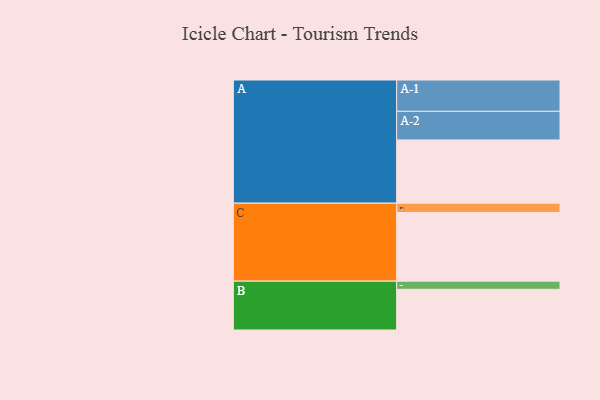
{"axis": {"x": "Segment", "y": "Value"}, "legend": ["", "A", "B", "C"], "data": [{"x": "A", "y": 519, "type": ""}, {"x": "B", "y": 334, "type": ""}, {"x": "C", "y": 563, "type": ""}, {"x": "A-1", "y": 257, "type": "A"}, {"x": "A-2", "y": 235, "type": "A"}, {"x": "B-1", "y": 67, "type": "B"}, {"x": "C-1", "y": 77, "type": "C"}]}